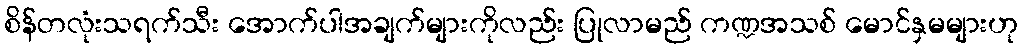
စိန်တလုံးသရက်သီး အောက်ပါအချက်များကိုလည်း ပြုလာမည် ကဏ္ဍအသစ် မောင်နှမများဟု